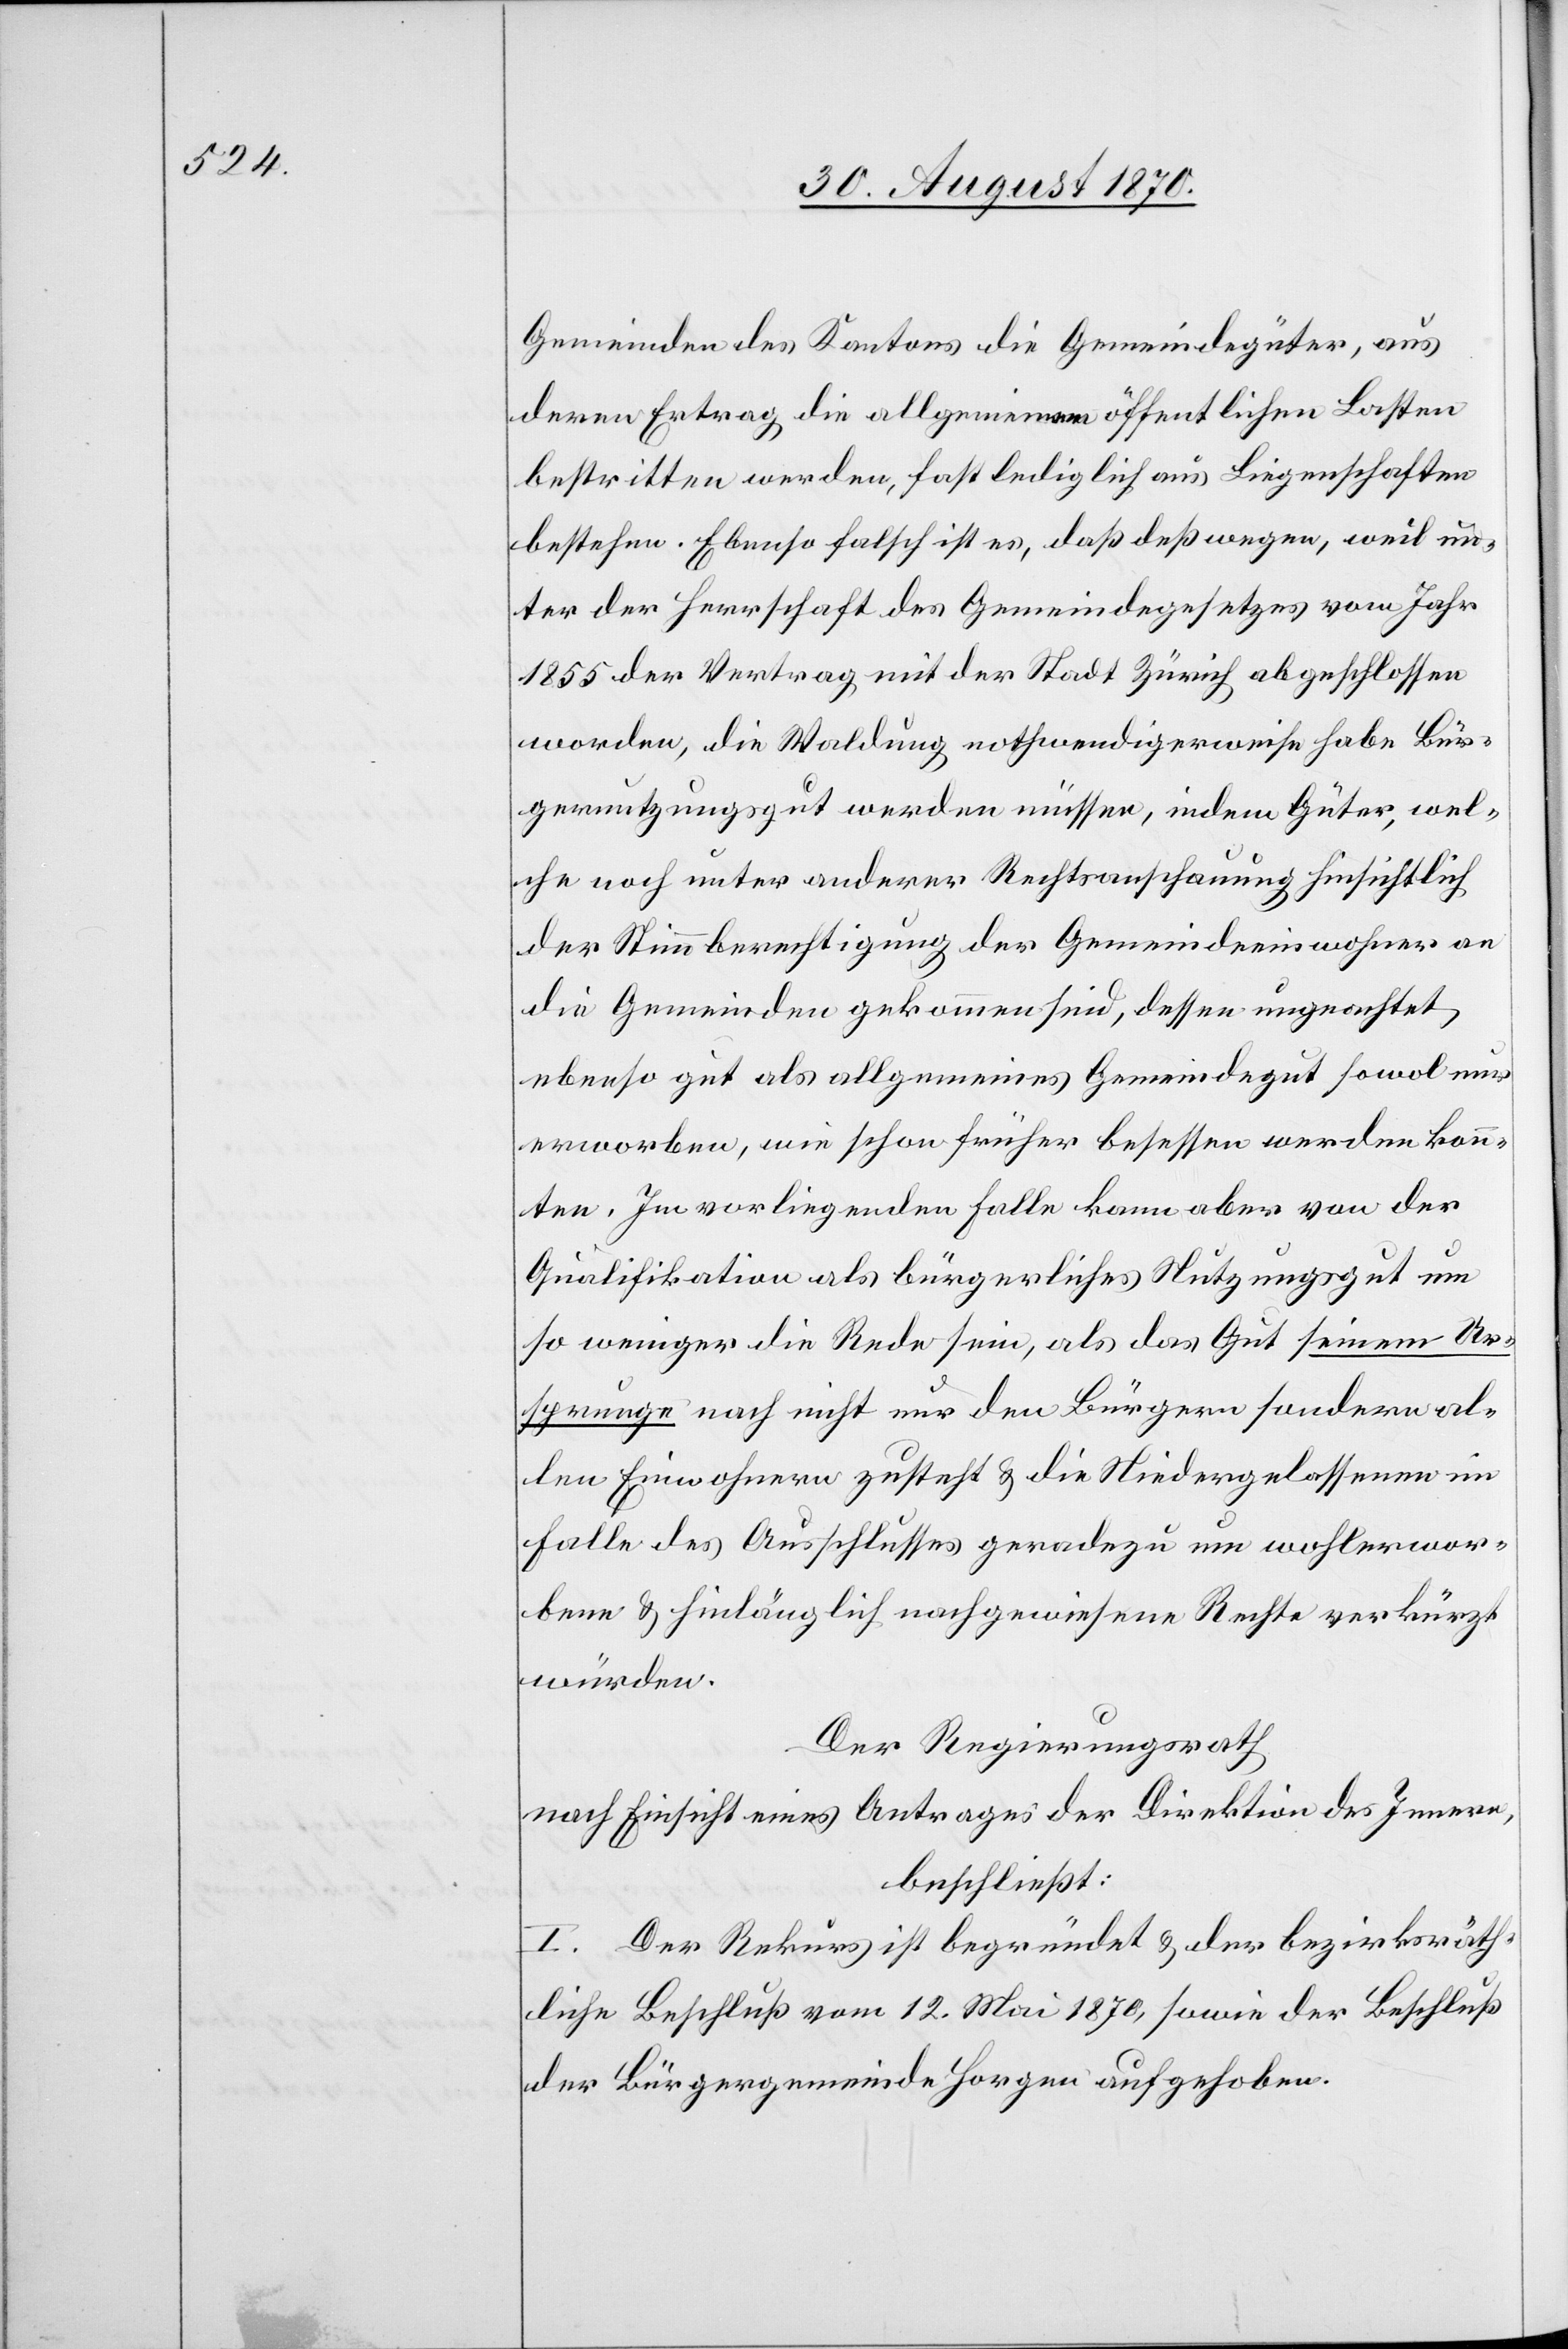
Gemeinden des Kantons die Gemeindegüter, aus
deren Ertrag die allgemeinen öffentlichen Lasten
bestritten werden, fast lediglich aus Liegenschaften
bestehen. Ebenso falsch ist es, daß deßwegen, weil un¬
ter der Herrschaft des Gemeindegesetzes vom Jahr
1855 der Vertrag mit der Stadt Zürich abgeschlossen
worden, die Waldung nothwendigerweise habe Bür¬
gernutzungsgut werden müssen, indem Güter, wel¬
che noch unter anderer Rechtsanschauung hinsichtlich
der Stimmberechtigung der Gemeindeeinwohner an
die Gemeinden gekommen sind, dessen ungeachtet
ebenso gut als allgemeines Gemeindegut sowol nur
erworben, wie schon früher besessen werden konn¬
ten. Im vorliegenden Falle kann aber von der
Qualifikation als bürgerliches Nutzungsgut um
so weniger die Rede sei, als das Gut seinem Ur¬
sprunge nach nicht nur den Bürgern sondern al¬
len Einwohnern zusteht & die Niedergelassenen im
Falle des Ausschlusses geradezu um wohlerwor¬
bene & hinlänglich nachgewiesene Rechte verkürzt
würden.
Der Regierungsrath
nach Einsicht eines Antrages der Direktion des Innern,
beschließt:
I. Der Rekurs ist begründet & der bezirksräth¬
liche Beschluß vom 12. Mai 1870, sowie der Beschluß
der Bürgergemeinde Horgen aufgehoben.